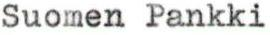
Suomen Pankki